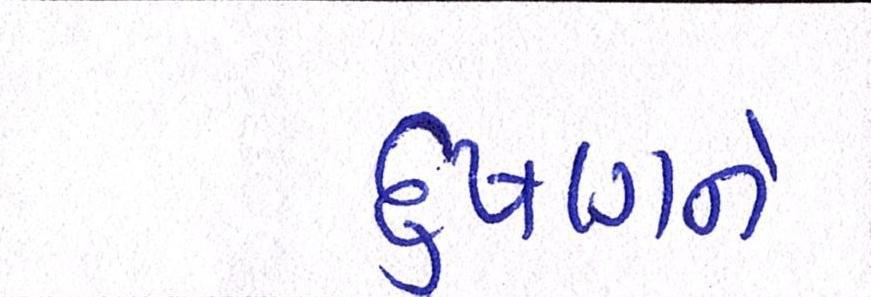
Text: દુષણને